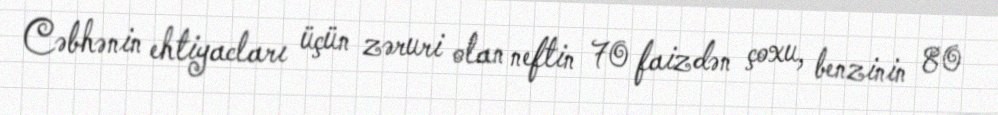
Cəbhənin ehtiyacları üçün zəruri olan neftin 70 faizdən çoxu, benzinin 80